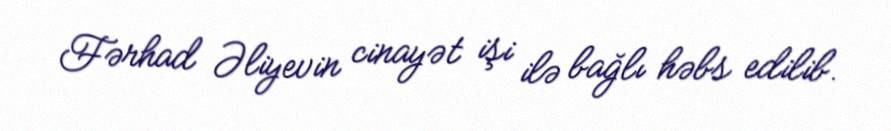
Fərhad Əliyevin cinayət işi ilə bağlı həbs edilib.